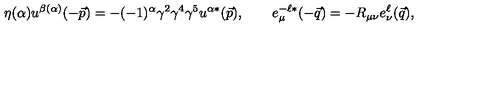
\eta ( \alpha ) u ^ { \beta ( \alpha ) } ( - \vec { p } ) = - ( - 1 ) ^ { \alpha } \gamma ^ { 2 } \gamma ^ { 4 } \gamma ^ { 5 } u ^ { \alpha * } ( \vec { p } ) , \qquad e _ { \mu } ^ { - \ell * } ( - \vec { q } ) = - R _ { \mu \nu } e _ { \nu } ^ { \ell } ( \vec { q } ) ,